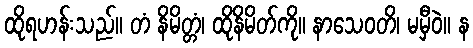
ထိုရဟန်းသည်။ တံ နိမိတ္တံ၊ ထိုနိမိတ်ကို။ နာသေဝတိ၊ မမှီဝဲ။ န